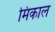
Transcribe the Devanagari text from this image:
मिकाल